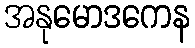
အနုမောဒကေန